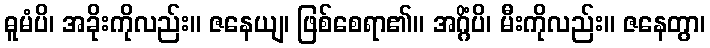
ဓူမံပိ၊ အခိုးကိုလည်း။ ဇနေယျ၊ ဖြစ်စေရာ၏။ အဂ္ဂိံပိ၊ မီးကိုလည်း။ ဇနေတွာ၊